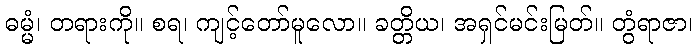
ဓမ္မံ၊ တရားကို။ စရ၊ ကျင့်တော်မူလော။ ခတ္တိယ၊ အရှင်မင်းမြတ်။ တွံရာဇာ၊